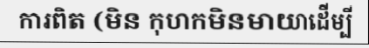
ការពិត (មិន កុហកមិនមាយាដើម្បី